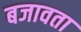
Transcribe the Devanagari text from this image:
बजावता